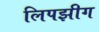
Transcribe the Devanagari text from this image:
लिपझीग